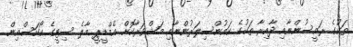
ތަކުގެ ރައީސުންނާއި ދާއިރާ ތަކުގެ ކައުންސިލަރުންނާއި މަޝްވަރާކޮށް އެމްޑީޕީ މާލެ ސިޓީގެ ކޯކަސްއިން